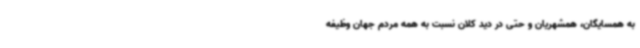
به همسایگان، همشهریان و حتی در دید کلان نسبت به همه مردم جهان وظیفه